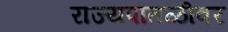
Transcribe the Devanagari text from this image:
राज्यपातळीवर